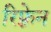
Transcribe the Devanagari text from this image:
रिफ़्रेन